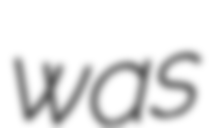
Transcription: was